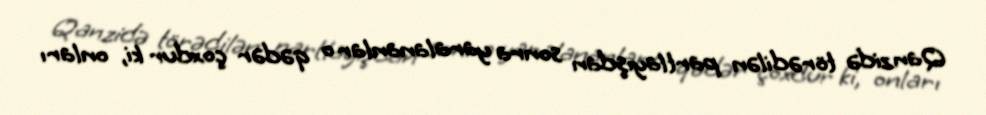
Qanzidə törədilən partlayışdan sonra yaralananlar o qədər çoxdur ki, onları